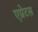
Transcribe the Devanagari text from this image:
एप्रेटस